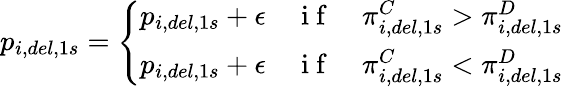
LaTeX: p_{i,del,1s}=\left\{ \begin{array}{ll}{p_{i,del,1s}+\epsilon}&{\mathrm{~i~f~}\quad\pi_{i,del,1s}^{C}>\pi_{i,del,1s}^{D}}\\ {p_{i,del,1s}+\epsilon}&{\mathrm{~i~f~}\quad\pi_{i,del,1s}^{C}<\pi_{i,del,1s}^{D}}\end{array}\right.